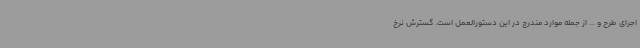
اجرای طرح و ... از جمله موارد مندرج در این دستورالعمل است. گسترش نرخ